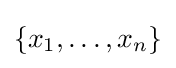
\{x_{1},\dots ,x_{n}\}